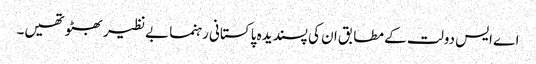
اے ایس دولت کے مطابق ان کی پسندیدہ پاکستانی رہنما بےنظیر بھٹو تھیں۔